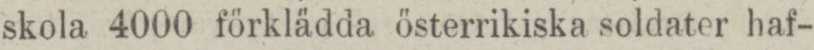
skola 4000 förklädda österrikiska soldater haf-